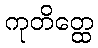
ကုတိတ္ထေ